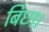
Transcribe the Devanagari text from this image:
बिछा।